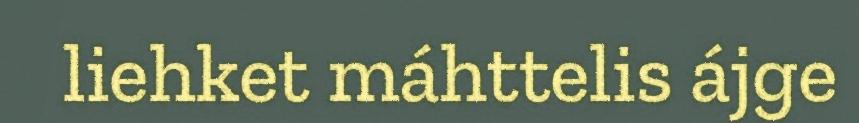
liehket máhttelis ájge